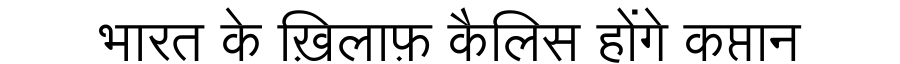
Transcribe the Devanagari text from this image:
भारत के ख़िलाफ़ कैलिस होंगे कप्तान